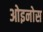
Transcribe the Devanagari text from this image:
ओइनोस